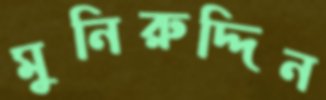
মুনিরুদ্দিন